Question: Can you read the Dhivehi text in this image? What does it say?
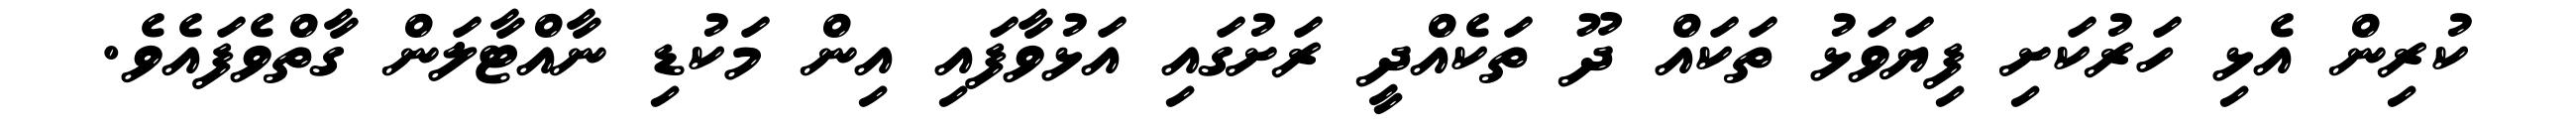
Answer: ކުރިން އެޅި ހަރުކަށި ފިޔަވަޅު ތަކައް ދޫ ތަކެއްދީ ރަށުގައި އަޅުވާފައި އިން މަކުޑި ނާއްޓާލަން ގާތްވެފައެވެ.